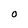
Character: O